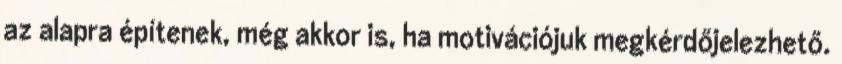
az alapra építenek, még akkor is, ha motivációjuk megkérdőjelezhető.